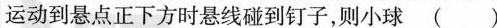
运动到悬点正下方时悬线碰到钉子，则小球 ( )